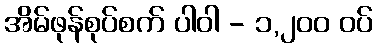
အိမ်ဖုန်စုပ်စက် ပါဝါ - ၁,၂၀၀ ဝပ်